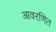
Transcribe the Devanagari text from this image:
आवरणित